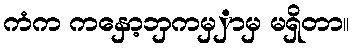
ကံက ကနှော့ဘှကမှှာမှ မရှိတာ။